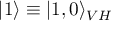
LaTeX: | 1 \rangle \equiv | 1 , 0 \rangle _ { V H }